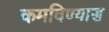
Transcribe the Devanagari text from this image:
कमविण्यास